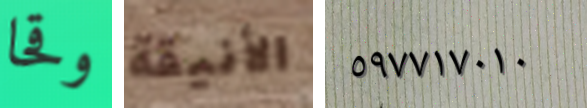
وقحا الأنيقة ٥٩٧٧١٧٠١٠